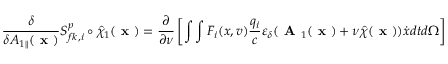
\frac { \delta } { \delta A _ { 1 \parallel } ( \textbf { x } ) } { \cal S } _ { f k , i } ^ { p } \circ \hat { \chi } _ { 1 } ( \textbf { x } ) = \frac { \partial } { \partial \nu } \left[ \int \int F _ { i } ( x , v ) \frac { q _ { i } } { c } \varepsilon _ { \delta } ( \textbf { A } _ { 1 } ( \textbf { x } ) + \nu \hat { \chi } ( \textbf { x } ) ) \dot { x } d t d \Omega \right]